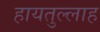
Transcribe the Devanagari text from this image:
हायतुल्लाह